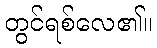
တွင်ရစ်လေ၏။